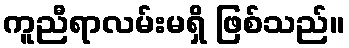
ကူညီရာလမ်းမရှိ ဖြစ်သည်။